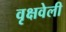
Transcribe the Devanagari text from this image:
वृक्षवेली